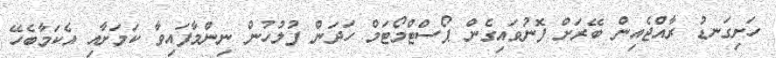
ހަށިގަނޑު ރާއްޖެއިން ބޭރަށް ފޮނުވައިގެން ޕޯސްޓްމޯޓަމް ހަދަން ފުލުހުން ނިންމާފައިވާ ކަމަށާއި އެކަމާބެހޭ